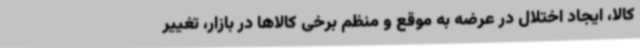
کالا، ایجاد اختلال در عرضه به موقع و منظم برخی کالاها در بازار، تغییر